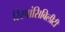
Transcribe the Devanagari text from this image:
रिस्पांसिबिलीटी